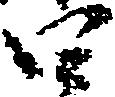
四